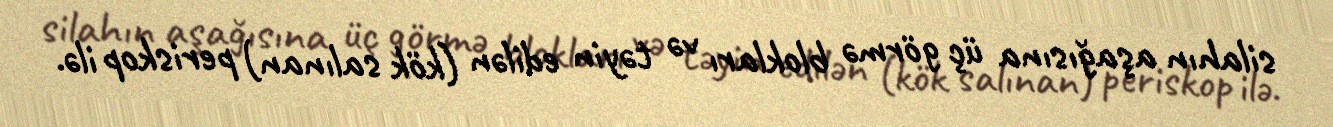
silahın aşağısına üç görmə blokları və təyin edilən (kök salınan) periskop ilə.